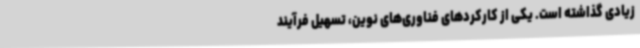
زیادی گذاشته است. یکی از کارکردهای فناوری‌های نوین، تسهیل فرآیند